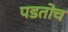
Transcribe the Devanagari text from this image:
पडतोच